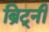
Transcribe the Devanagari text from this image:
ब्रिट्नी